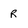
Character: R